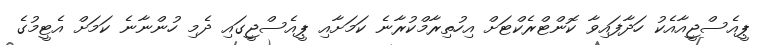
ޕީއެސްޖީއާއެކު ހަދާފައިވާ ކޮންޓްރެކްޓަށް އިހުތިރާމްކުރާނެ ކަމަށާއި ޕީއެސްޖީގައި ދެމި ހުންނާނެ ކަމަށް އެޓީމުގެ